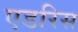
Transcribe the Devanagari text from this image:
एडरिस